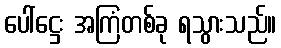
ပေါ်ဋ္ဌေး အကြံတစ်ခု ရသွားသည်။